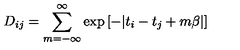
D _ { i j } = \sum _ { m = - \infty } ^ { \infty } \exp \left[ - | t _ { i } - t _ { j } + m \beta | \right]